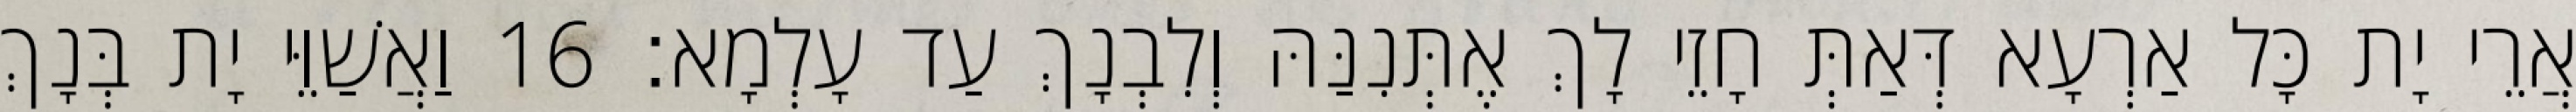
אֲרֵי יָת כָּל אַרְעָא דְּאַתְּ חָזֵי לָךְ אֶתְּנִנַּהּ וְלִבְנָךְ עַד עָלְמָא׃ 16 וַאֲשַׁוֵּי יָת בְּנָךְ